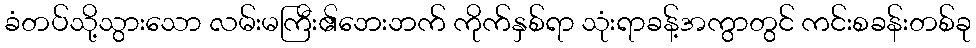
ခံတပ်သို့သွားသော လမ်းမကြီး၏ဘေးဘက် ကိုက်နှစ်ရာ သုံးရာခန့်အကွာတွင် ကင်းစခန်းတစ်ခု